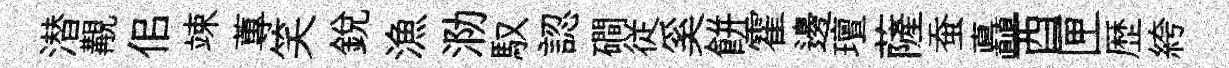
潜覯佀竦蓴笑銳漁泐馭認磵従奚餅霍邊璮薩蚕矗酉匣歴絝